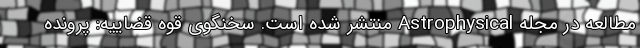
مطالعه در مجله Astrophysical منتشر شده است. سخنگوی قوه قضاییه: پرونده